Annual statistical returns and brief notes on vaccination in Bengal - 1909-1929
Year: 1909
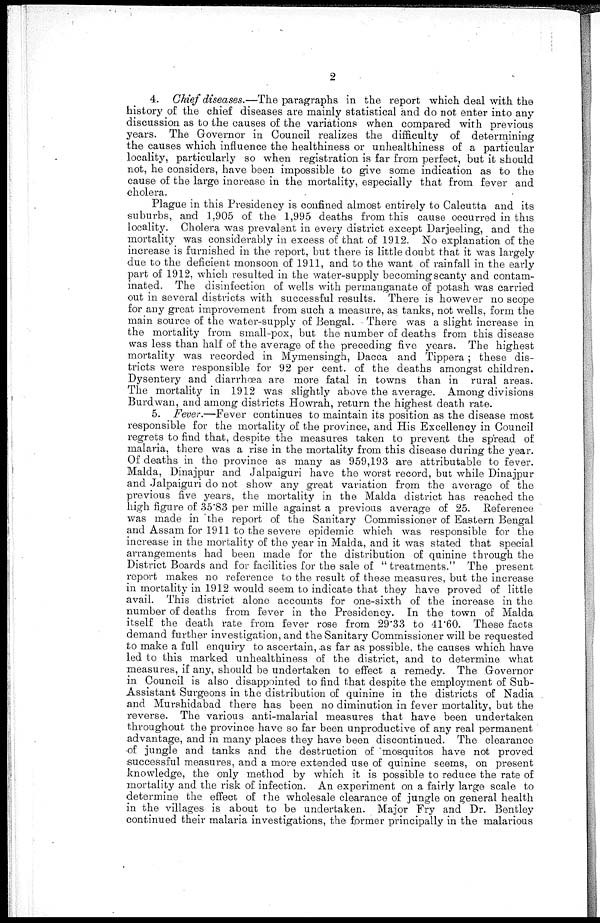
2
4. Chief diseases.—The paragraphs in the report which deal with the
history of the chief diseases are mainly statistical and do not enter into any
discussion as to the causes of the variations when compared with previous
years. The Governor in Council realizes the difficulty of determining
the causes which influence the healthiness or unhealthiness of a particular
locality, particularly so when registration is far from perfect, but it should
not, he considers, have been impossible to give some indication as to the
cause of the large increase in the mortality, especially that from fever and
cholera.
Plague in this Presidency is confined almost entirely to Calcutta and its
suburbs, and 1,905 of the 1,995 deaths from this cause occurred in this
locality. Cholera was prevalent in every district except Darjeeling, and the
mortality was considerably in excess of that of 1912. No explanation of the
increase is furnished in the report, but there is little doubt that it was largely
due to the deficient monsoon of 1911, and to the want of rainfall in the early
part of 1912, which resulted in the water-supply becoming scanty and contam-
inated. The disinfection of wells with permanganate of potash was carried
out in several districts with successful results. There is however no scope
for any great improvement from such a measure, as tanks, not wells, form the
main source of the water-supply of Bengal. There was a slight increase in
the mortality from small-pox, but the number of deaths from this disease
was less than half of the average of the preceding five years. The highest
mortality was recorded in Mymensingh, Dacca and Tippera; these dis-
tricts were responsible for 92 per cent. of the deaths amongst children.
Dysentery and diarrhœa are more fatal in towns than in rural areas.
The mortality in 1912 was slightly above the average. Among divisions
Burdwan, and among districts Howrah, return the highest death rate.
5. Fever.—Fever continues to maintain its position as the disease most
responsible for the mortality of the province, and His Excellency in Council
regrets to find that, despite the measures taken to prevent the spread of
malaria, there was a rise in the mortality from this disease during the year.
Of deaths in the province as many as 959,193 are attributable to fever.
Malda, Dinajpur and Jalpaiguri have the worst record, but while Dinajpur
and Jalpaiguri do not show any great variation from the average of the
previous five years, the mortality in the Malda district has reached the
high figure of 35.83 per mille against a previous average of 25. Reference
was made in the report of the Sanitary Commissioner of Eastern Bengal
and Assam for 1911 to the severe epidemic which was responsible for the
increase in the mortality of the year in Malda, and it was stated that special
arrangements had been made for the distribution of quinine through the
District Boards and for facilities for the sale of " treatments." The present
report makes no reference to the result of these measures, but the increase
in mortality in 1912 would seem to indicate that they have proved of little
avail. This district alone accounts for one-sixth of the increase in the
number of deaths from fever in the Presidency. In the town of Malda
itself the death rate from fever rose from 29.33 to 41.60. These facts
demand further investigation, and the Sanitary Commissioner will be requested
to make a full enquiry to ascertain, as far as possible, the causes which have
led to this marked unhealthiness of the district, and to determine what
measures, if any, should be undertaken to effect a remedy. The Governor
in Council is also disappointed to find that despite the employment of Sub-
Assistant Surgeons in the distribution of quinine in the districts of Nadia
and Murshidabad there has been no diminution in fever mortality, but the
reverse. The various anti-malarial measures that have been undertaken
throughout the province have so far been unproductive of any real permanent
advantage, and in many places they have been discontinued. The clearance
of jungle and tanks and the destruction of mosquitos have not proved
successful measures, and a more extended use of quinine seems, on present
knowledge, the only method by which it is possible to reduce the rate of
mortality and the risk of infection. An experiment on a fairly large scale to
determine the effect of the wholesale clearance of jungle on general health
in the villages is about to be undertaken. Major Fry and Dr. Bentley
continued their malaria investigations, the former principally in the malarious